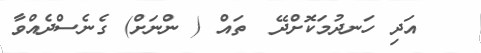
٥   އަދި ހަނދުމަކޮށްދޭ  ތައް ( ންނަށް) ގެނެސްދެއްވާ